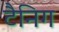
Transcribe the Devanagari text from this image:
टैनिग